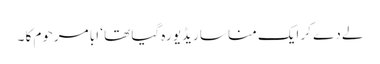
لے دے کر ایک منا سا ریڈیو رہ گیا تھا ‘ ابا مرحوم کا ۔